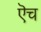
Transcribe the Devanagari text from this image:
ऎच